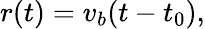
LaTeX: r(t)=v_{b}(t-t_{0}),